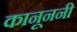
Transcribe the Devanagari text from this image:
कानूननी